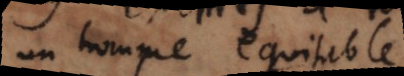
un Homme equitable